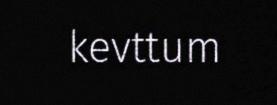
kevttum